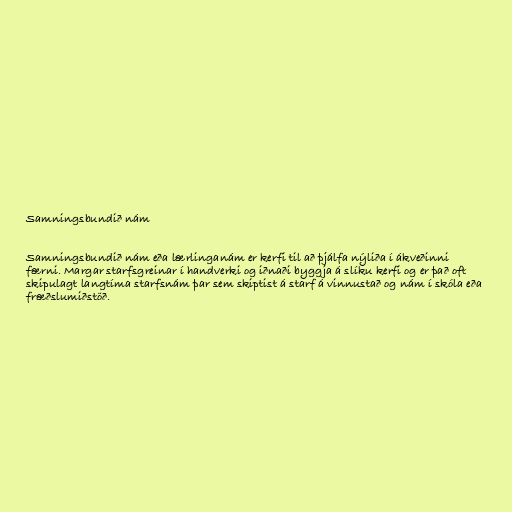
Samningsbundið nám

Samningsbundið nám eða lærlinganám er kerfi til að þjálfa nýliða í ákveðinni
færni. Margar starfsgreinar í handverki og iðnaði byggja á slíku kerfi og er það oft
skipulagt langtíma starfsnám þar sem skiptist á starf á vinnustað og nám í skóla eða
fræðslumiðstöð.